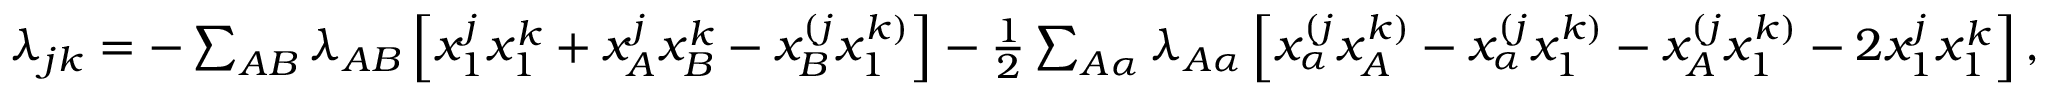
\begin{array} { r } { \lambda _ { j k } = - \sum _ { A B } \lambda _ { A B } \left[ x _ { 1 } ^ { j } x _ { 1 } ^ { k } + x _ { A } ^ { j } x _ { B } ^ { k } - x _ { B } ^ { ( j } x _ { 1 } ^ { k ) } \right] - \frac 1 2 \sum _ { A \alpha } \lambda _ { A \alpha } \left[ x _ { \alpha } ^ { ( j } x _ { A } ^ { k ) } - x _ { \alpha } ^ { ( j } x _ { 1 } ^ { k ) } - x _ { A } ^ { ( j } x _ { 1 } ^ { k ) } - 2 x _ { 1 } ^ { j } x _ { 1 } ^ { k } \right] , } \end{array}